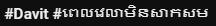
#Davit #ពេលវេលាមិនសាកសម